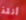
أنقذ